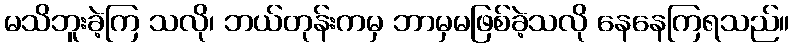
မသိဘူးခဲ့ကြ သလို၊ ဘယ်တုန်းကမှ ဘာမှမဖြစ်ခဲ့သလို နေနေကြရသည်။